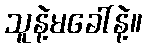
သူနဲ့မခေါ်နဲ့။